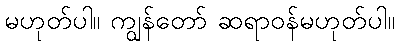
မဟုတ်ပါ။ ကျွန်တော် ဆရာဝန်မဟုတ်ပါ။